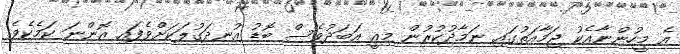
އެ މީހުންނާއެކު ޖަމާއަތުގައި ނަމާދުކުރުން މިއީ އަބަދުވެސް ބޮޑު އުނދަގުލަކަށްވެފައި އޮންނަ ކަމެކެވެ.